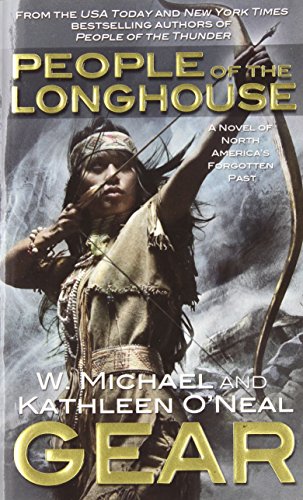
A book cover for People of the Longhouse (North America's Forgotten Past); W. Michael Gear; Literature & Fiction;